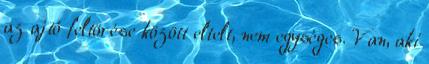
az ajtó feltörése között eltelt, nem egységes. Van, aki